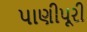
પાણીપૂરી